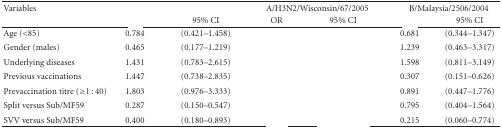
<table><thead><tr><td><b>Variables</b></td><td colspan="2">[EMPTY_CELL]</td><td colspan="2"><b>A/H3N2/Wisconsin/67/2005</b></td><td colspan="2"><b>B/Malaysia/2506/2004</b></td></tr><tr><td>[EMPTY_CELL]</td><td>[EMPTY_CELL]</td><td><b>95% CI</b></td><td><b>OR</b></td><td><b>95% CI</b></td><td>[EMPTY_CELL]</td><td><b>95% CI</b></td></tr></thead><tbody><tr><td>Age (&lt;85)</td><td>0.784</td><td>(0.421–1.458)</td><td>[EMPTY_CELL]</td><td>[EMPTY_CELL]</td><td>0.681</td><td>(0.344–1.347)</td></tr><tr><td>Gender (males)</td><td>0.465</td><td>(0.177–1.219)</td><td>[EMPTY_CELL]</td><td>[EMPTY_CELL]</td><td>1.239</td><td>(0.463–3.317)</td></tr><tr><td>Underlying diseases</td><td>1.431</td><td>(0.783–2.615)</td><td>[EMPTY_CELL]</td><td>[EMPTY_CELL]</td><td>1.598</td><td>(0.811–3.149)</td></tr><tr><td>Previous vaccinations</td><td>1.447</td><td>(0.738–2.835)</td><td>[EMPTY_CELL]</td><td>[EMPTY_CELL]</td><td>0.307</td><td>(0.151–0.626)</td></tr><tr><td>Prevaccination titre (≥1 : 40)</td><td>1.803</td><td>(0.976–3.333)</td><td>[EMPTY_CELL]</td><td>[EMPTY_CELL]</td><td>0.891</td><td>(0.447–1.776)</td></tr><tr><td>Split versus Sub/MF59</td><td>0.287</td><td>(0.150–0.547)</td><td>[EMPTY_CELL]</td><td>[EMPTY_CELL]</td><td>0.795</td><td>(0.404–1.564)</td></tr><tr><td>SVV versus Sub/MF59</td><td>0.400</td><td>(0.180–0.893)</td><td>[EMPTY_CELL]</td><td>[EMPTY_CELL]</td><td>0.215</td><td>(0.060–0.774)</td></tr></tbody></table>